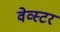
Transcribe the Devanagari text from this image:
वेव्स्टर